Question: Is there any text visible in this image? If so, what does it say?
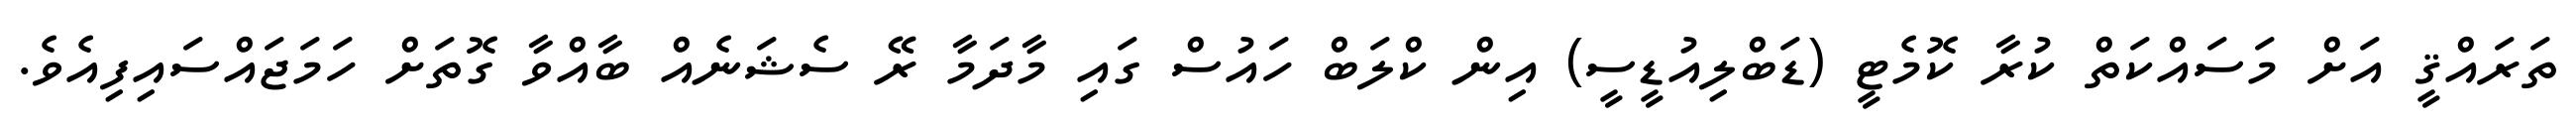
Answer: ތަރައްޤީ އަށް މަސައްކަތް ކުރާ ކޮމެޓީ (ޑަބްލިއުޑީސީ) އިން ކްލަބް ހައުސް ގައި މާދަމާ ރޭ ސެޝަނެއް ބާއްވާ ގޮތަށް ހަމަޖައްސައިފިއެވެ.